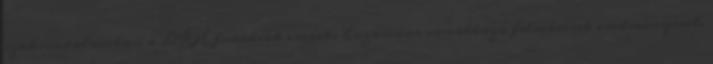
szakirodalomban a DKH források eredeti hozamára vonatkozó felmérések eredményével.